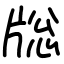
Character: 𤗉